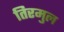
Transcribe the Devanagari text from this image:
तिरमुल